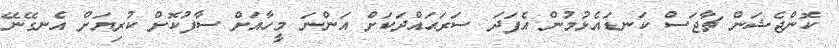
ކޮންޖެޝަން ޗާޖަސް ކަނޑައެޅުމުން އެފަދަ ސަރަޙައްދަކަށް އަންނަ މީހާއަށް ސާފުކޮށް ކުރިޔަށް އެނގޭނޭ